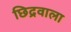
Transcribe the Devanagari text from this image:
छिद्रवाला